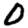
Digit: 0